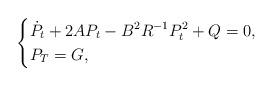
LaTeX: \begin{align*}\left\{\begin{aligned}&\dot{P}_t+2AP_t-B^2R^{-1}P^2_t+Q=0,\\&P_T=G,\end{aligned}\right.\end{align*}